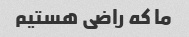
ما که راضی هستیم